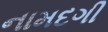
નામદગી